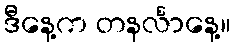
ဒီနေ့က တနင်္လာနေ့။